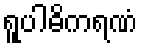
ရူပါဓိကရဏံ